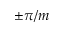
\pm \pi / m